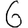
Digit: 6